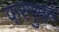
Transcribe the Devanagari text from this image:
फरगुसन